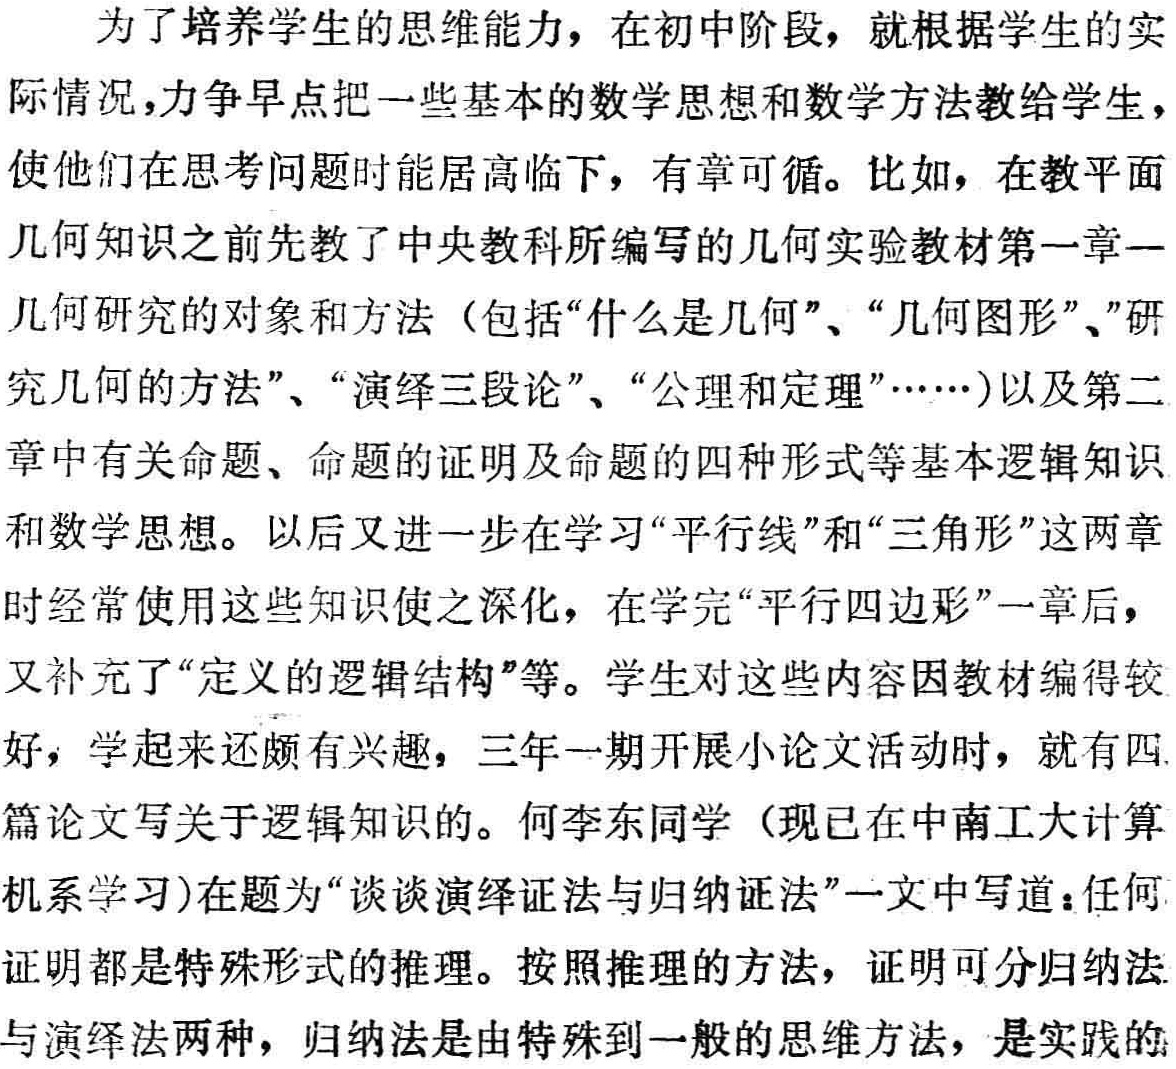
为了培养学生的思维能力，在初中阶段，就根据学生的实

际情况，力争早点把一些基本的数学思想和数学方法教给学生，

使他们在思考问题时能居高临下，有章可循。比如，在教平面

几何知识之前先教了中央教科所编写的几何实验教材第一章—

几何研究的对象和方法（包括“什么是几何”、“几何图形”、"研

究几何的方法”、“演绎三段论”、“公理和定理”……）以及第二

章中有关命题、命题的证明及命题的四种形式等基本逻辑知识

和数学思想。以后又进一步在学习“平行线”和“三角形”这两章

时经常使用这些知识使之深化，在学完“平行四边形”一章后，

又补充了“定义的逻辑结构”等。学生对这些内容因教材编得较

好，学起来还颇有兴趣，三年一期开展小论文活动时，就有四

篇论文写关于逻辑知识的。何李东同学（现已在中南工大计算

机系学习)在题为“谈谈演绎证法与归纳证法”一文中写道：任何

证明都是特殊形式的推理。按照推理的方法，证明可分归纳法

与演绎法两种，归纳法是由特殊到一般的思维方法，是实践的